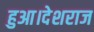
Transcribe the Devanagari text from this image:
हुआ।देशराज